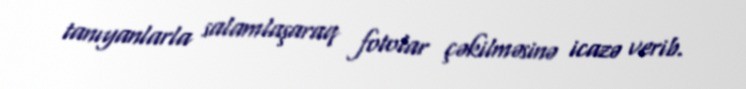
tanıyanlarla salamlaşaraq fotolar çəkilməsinə icazə verib.